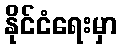
နိုင်ငံရေးမှာ